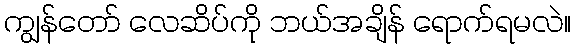
ကျွန်တော် လေဆိပ်ကို ဘယ်အချိန် ရောက်ရမလဲ။